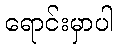
ရောင်းမှာပါ